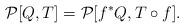
LaTeX: \begin{align*}{\cal P}[Q,T] = {\cal P}[f^*Q,T\circ f].\end{align*}